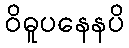
ဝိဓူပနေနပိ